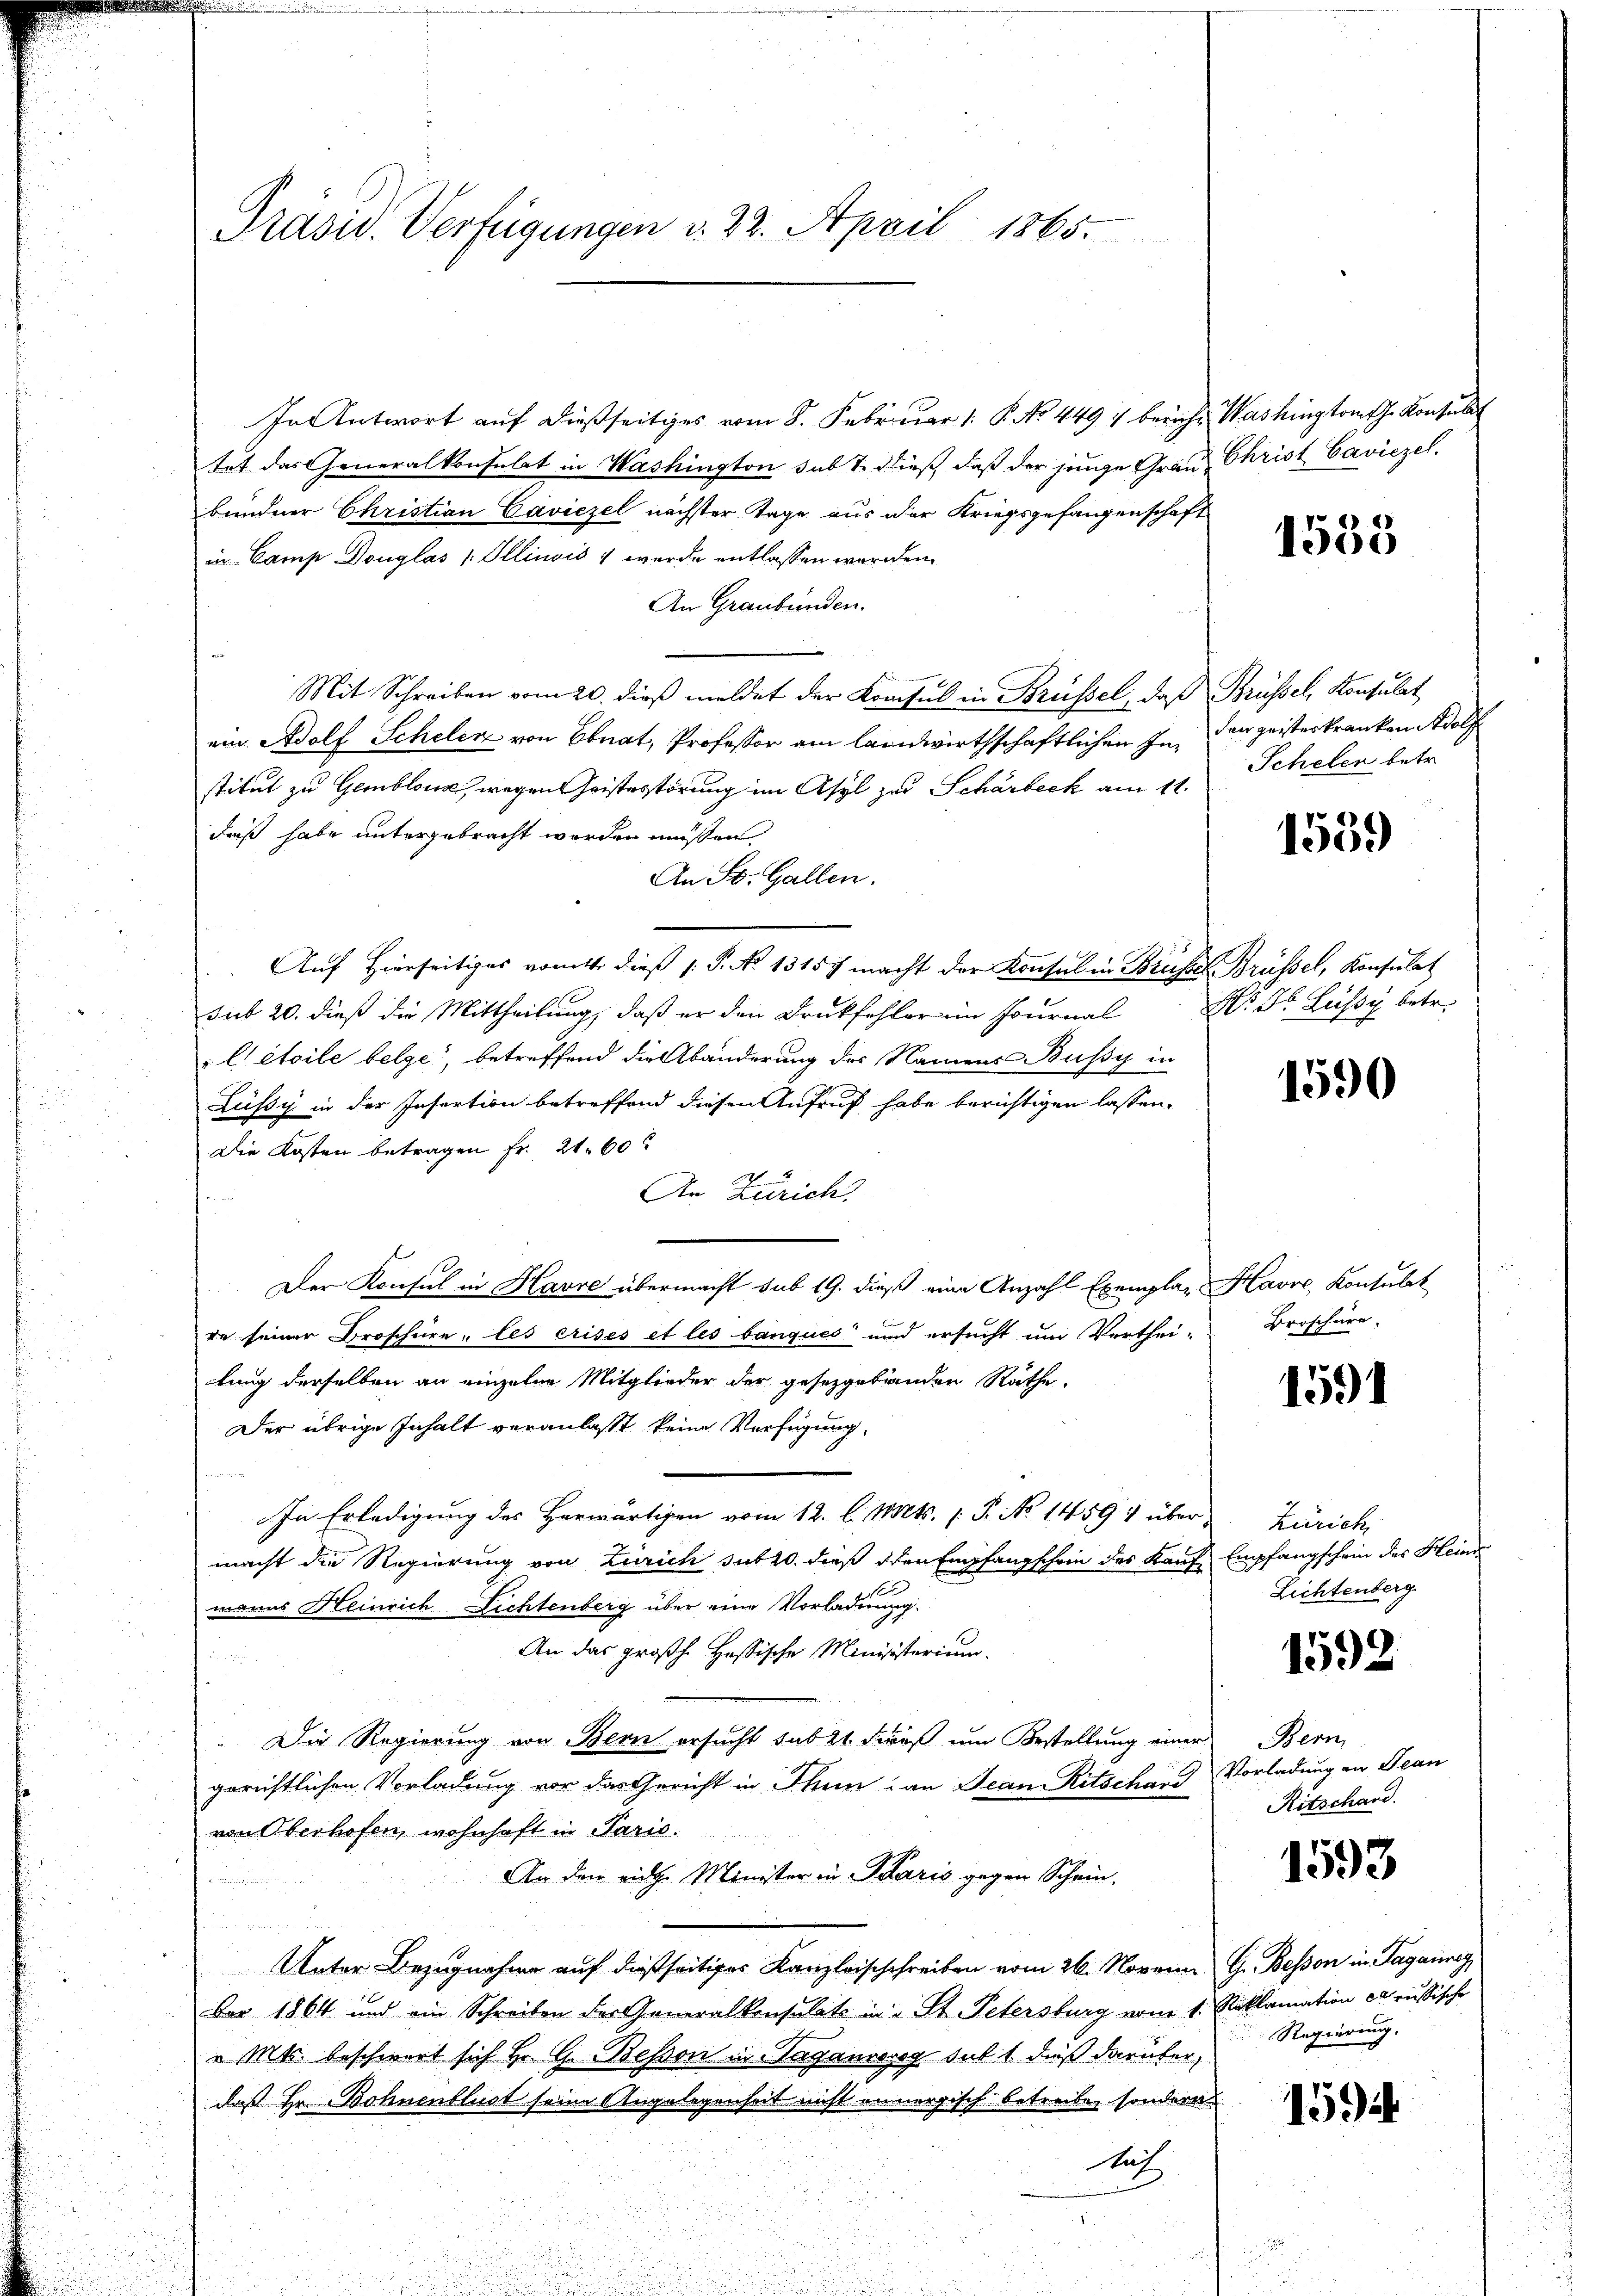
Präsid. Verfügungen v. 22. April 1865.

In Antwort auf dießseitiges vom 8. Februar 1. P. No. 4497 bericht Washington ihr Konsulat
tet das Generalkonsulat in Washington sub 7. dieß, daß der junge Grau Christ Caviezel,
bundner Christian Caviezel nächster Tage aus der Kriegsgefangenschaft
in Camp Douglas /: Illinois; wurde entlassen worden.
An Graubünden.
Mit Schreiben vom 20. dieß meldet der Konsul in Brüssel, daß Brüssel, Konsulat
ein Adolf Schelen von Ebnat, Professor am landwirthschaftlichen In den geisteskranken Adolf
stitut zu Gemblone, wegen Geistestörung im Asyl zu Schärbeck am 11.
daß habe untergebracht werden müßen.
An St. Gallen.
Auf hierseitiges vom 1. dieß P. No 1315. macht der Konsul in Brüsse Brüssel, Konsulat
sub 20. dieß die Mittheilung, daß er den Druckfehler ein Journal Nr. Dr. Lüssy betr.
l étoile belge“, betreffend die Abänderung des Namens Bussy in
Lüssy in der Insortion betreffend diesen Aufruf habe berichtigen lassen.
Die Kosten betragen Fr. 21. 60
An Zürich.
Der Konsul in Havre übermacht sub 19. dieß eine Anzahl Exemplar Havre, Konsulat
re seiner Broschüre, les erisés et les banques und ersucht um Verthei-
tung derselben an einzelne Mitglieder der gesetzgebenden Rathe
Der übrige Inhalt veranlasst keine Verfügung
In Erledigung des Herwärtigen vom 12. l. Mts. 1. P. No 14591 übermacht die Regierung von Zürich sub 20. dieß den Empfangschein des Kauf Empfangschein des Heinr
t
manns Heinrich Dichtenberg über eine Vorladung
An das großh. Hassische Ministerium

Die Regierung von Bern ersucht sub 2t dieß um Bestellung einer
gerichtlichen Vorladung vor das Gericht in Thun an Jean Ritschard Vorladung an Jean
von Oberhofen, wohnhaft in Paris.
An den riche Minister in Paris gegen Schein.
Unter Bezugnahme auf dießseitiges Kanzleisschreiben vom 26. Novemn G. Bessen in Taganneg
Der 1864 und ein Schreiben der Generalkonsulats in u St. Petersburg vom 1. Reklamation er russische
" Mts. beschwert sich Hr. G. Bessen in Tagaurerg sub 1, daß darüber,
daß Hr. Bohnenblust seine Angelegenheit nicht annergisch betreibe, sondern
Auch

1553

Schelen betr.

1559

1590

Broschüre.

1591

Zürich,
Lichtenberg

1592

Bern
Ritschand

1593

Regierung,

1594